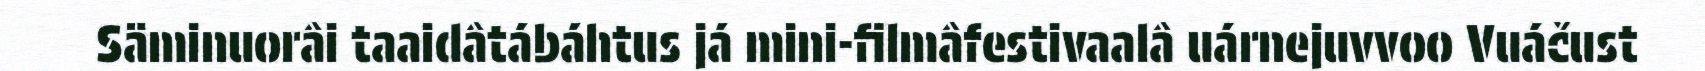
Säminuorâi taaidâtábáhtus já mini-filmâfestivaalâ uárnejuvvoo Vuáčust